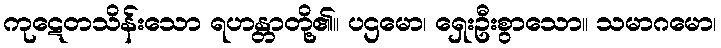
ကုဋေတသိန်းသော ရဟန္တာတို့၏။ ပဌမော၊ ရှေးဦးစွာသော။ သမာဂမော၊